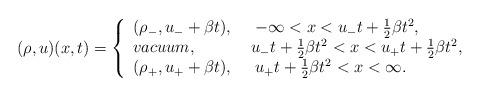
LaTeX: \begin{align*}(\rho,u)(x,t)=\left\{\begin{array}{ll}(\rho_-,u_-+\beta t),\ \ \ \ -\infty<x<u_-t+\frac{1}{2}\beta t^{2},\\vacuum,\ \ \ \ \ \ \ \ \ \ u_-t+\frac{1}{2}\beta t^{2}<x<u_+t+\frac{1}{2}\beta t^{2},\\(\rho_+,u_++\beta t),\ \ \ \ u_+t+\frac{1}{2}\beta t^{2}<x<\infty.\end{array}\right.\end{align*}